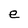
Character: e